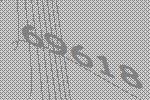
69618